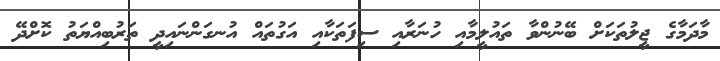
މާދަމާގެ ޖީލުތަކަށް ބޭނުންވާ ތައުލީމާއި ހުނަރާއި ސިފަތަކާއި އަގުތައް އުނގަންނައިދީ ތަރުބިއްޔަތު ކޮށްދޭ